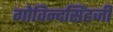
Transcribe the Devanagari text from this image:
गोविन्दसिंहजी